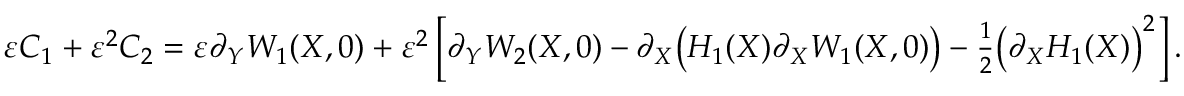
\begin{array} { r } { \varepsilon C _ { 1 } + \varepsilon ^ { 2 } C _ { 2 } = \varepsilon \partial _ { Y } W _ { 1 } ( X , 0 ) + \varepsilon ^ { 2 } \left[ \partial _ { Y } W _ { 2 } ( X , 0 ) - \partial _ { X } \big ( H _ { 1 } ( X ) \partial _ { X } W _ { 1 } ( X , 0 ) \big ) - \frac { 1 } { 2 } \big ( \partial _ { X } H _ { 1 } ( X ) \big ) ^ { 2 } \right] . } \end{array}